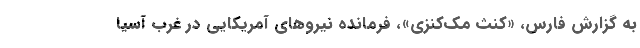
به گزارش فارس، «کنث مک‌کنزی»، فرمانده نیروهای آمریکایی در غرب آسیا